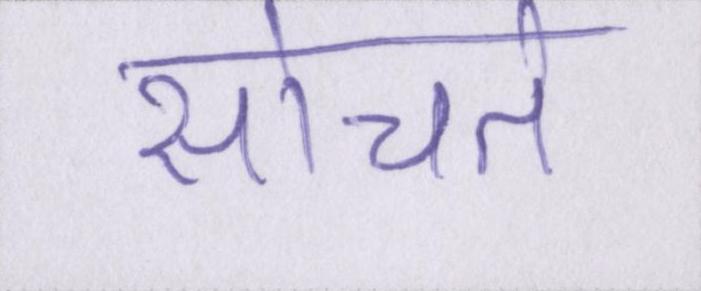
सोचते